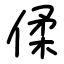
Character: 㑱